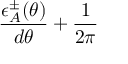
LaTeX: \frac { \epsilon _ { A } ^ { \pm } ( \theta ) } { d \theta } + \frac { 1 } { 2 \pi }